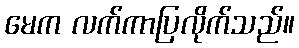
မေက လက်ကာပြလိုက်သည်။